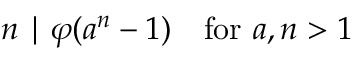
n \mid \varphi ( a ^ { n } - 1 ) \quad { \mathrm { f o r ~ } } a , n > 1